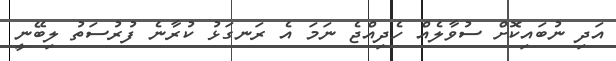
އަދި ނުބައިކޮށް ސުވާލެއް ހެދިއްޖެ ނަމަ އެ ރަނގަޅު ކުރާނެ ފުރުސަތު ލިބޭނީ